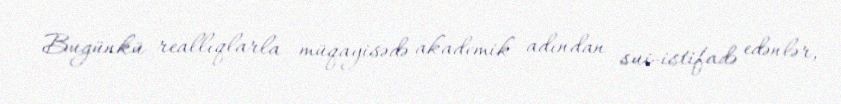
Bugünkü reallıqlarla müqayisədə akademik adından sui-istifadə edənlər,